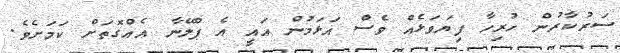
ސަރުކާރުން ހުރިހާ ފިޔަވަޅެއް ވެސް އަޅަމުން އައީ އެ ޕްލޭނާ އެއްގޮތަށް ކަމަށެވެ.